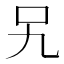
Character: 𭆸